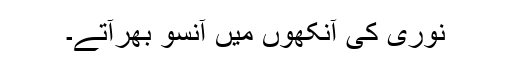
نوری کی آنکھوں میں آنسو بھرآتے۔